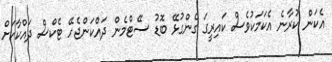
އެކަން ކުރާނެ އެކަމަކުވެސް ކައިރީގަ ގެންގުޅޭ ބޮޑު ސޭޓްމެން ދައްކަންޖެހޭ ޓެކްސް ދައްކާކަށް